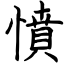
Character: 憤